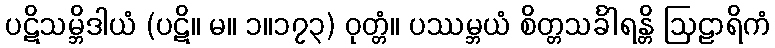
ပဋိသမ္ဘိဒါယံ (ပဋိ။ မ။ ၁။၁၇၃) ဝုတ္တံ။ ပဿမ္ဘယံ စိတ္တသင်္ခါရန္တိ ဩဠာရိကံ